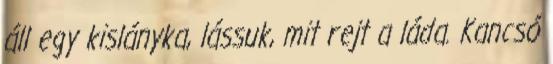
áll egy kislányka, lássuk, mit rejt a láda. Kancsó